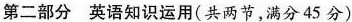
第二部分 英语知识运用(共两节，满分45 分)